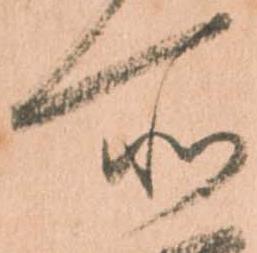
所